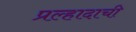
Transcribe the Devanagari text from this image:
प्रल्हादाची